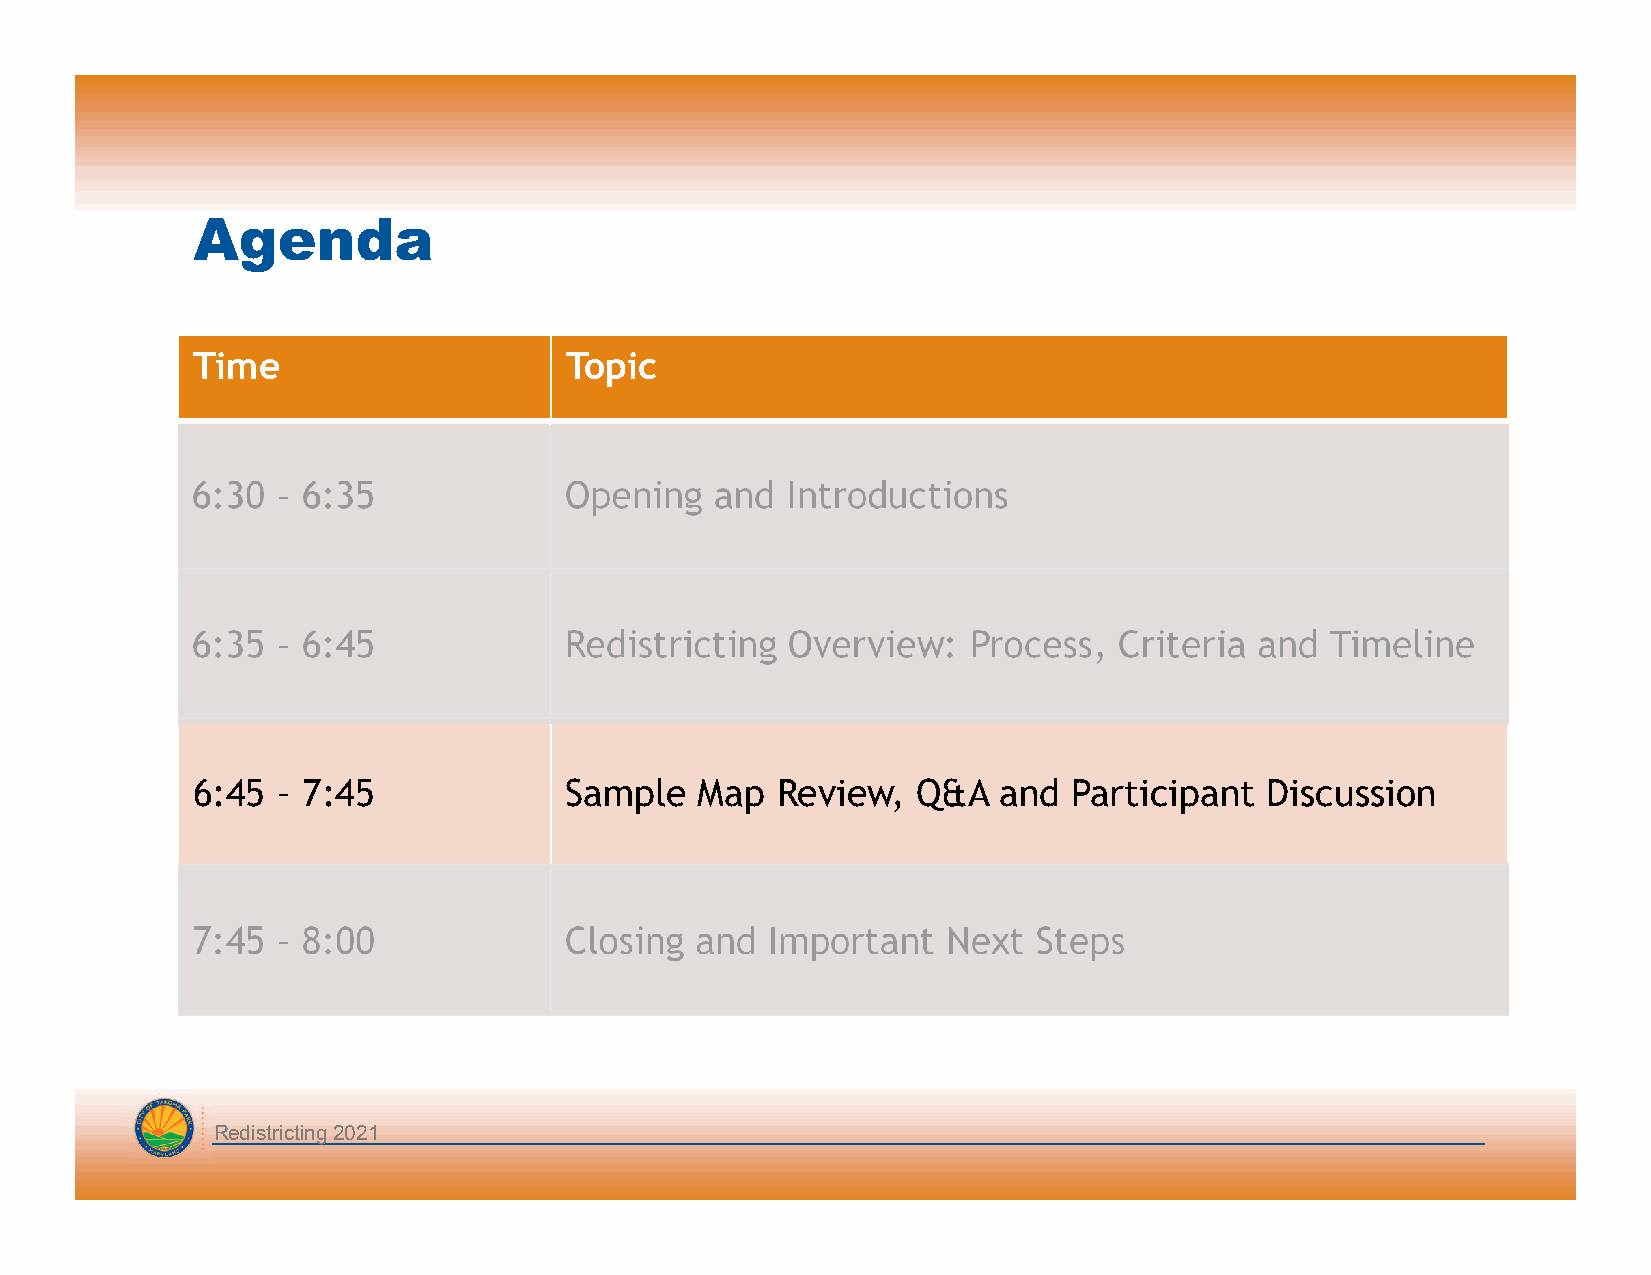
Agenda
 Time                    Topic
 6:30 – 6:35             Opening   and  Introductions
 6:35 – 6:45             Redistricting  Overview:   Process,  Criteria and  Timeline
 6:45 – 7:45             Sample   Map  Review,   Q&A  and  Participant  Discussion
 7:45 – 8:00             Closing  and  Important   Next  Steps
 Redistricting 2021